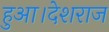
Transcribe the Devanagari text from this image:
हुआ।देशराज